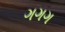
ગગગ